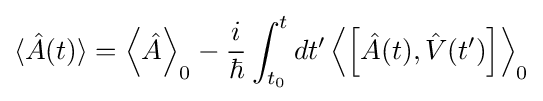
\langle {\hat {A}}(t)\rangle =\left\langle {\hat {A}}\right\rangle _{0}-{\frac {i}{\hbar }}\int _{t_{0}}^{t}dt'\left\langle \left[{\hat {A}}(t),{\hat {V}}{\mathord {\left(t'\right)}}\right]\right\rangle _{0}